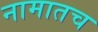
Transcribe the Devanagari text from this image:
नामातच